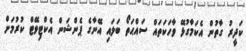
ކަދީރު ގާތުން އެކަމާގުޅޭ ވާހަކަތައް ސައްޙަތޯ ބަލައި އޭނާގެ ޕެންޝަން އެކްޓިވޭޓް ކުރުމަށް